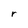
Character: r